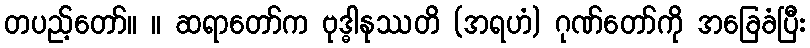
တပည့်တော်။ ။ ဆရာတော်က ဗုဒ္ဓါနုဿတိ (အရဟံ) ဂုဏ်တော်ကို အခြေခံပြီး